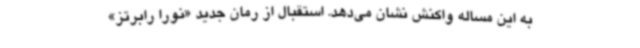
به این مساله واکنش نشان می‌دهد. استقبال از رمان جدید «نورا رابرتز»